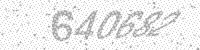
Solution: 640682